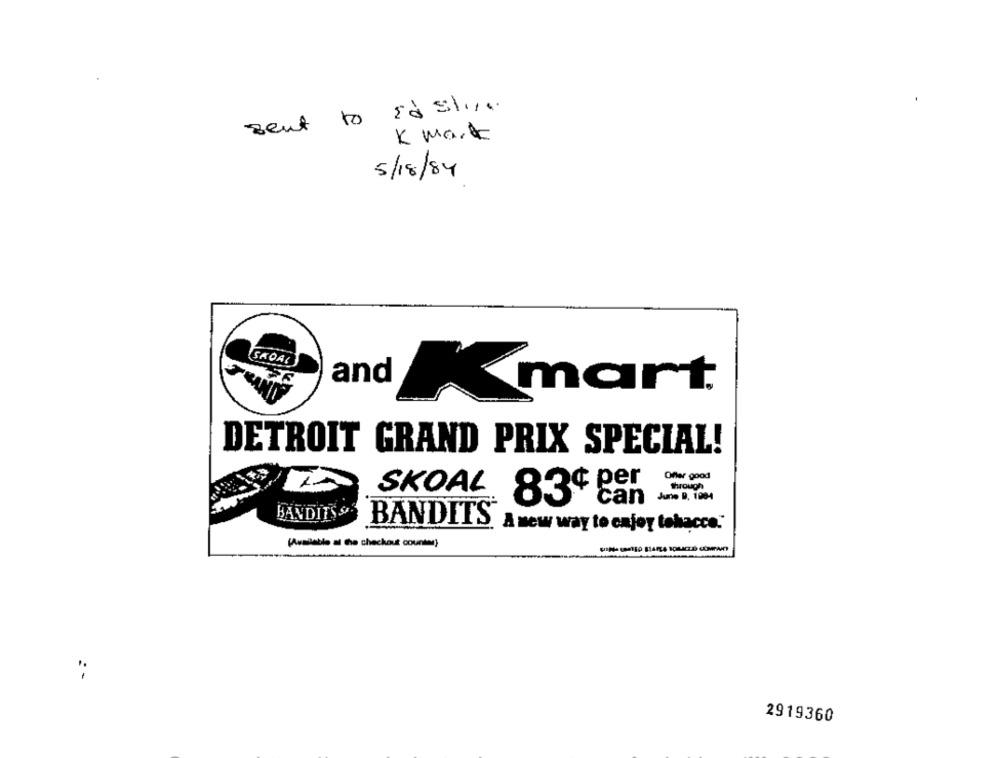
sent to adsling
K Mark
5/18/84
SADAI
andmart
DETROIT GRAND PRIX SPECIAL!
Offer good
through
SKOAL
June B, 1004
83¢ Be
BANDITS &.
BANDITS, A new way to enjoy tekacce."
(Available at the checkout counter)
2919360